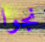
نجوا